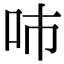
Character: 𠰼